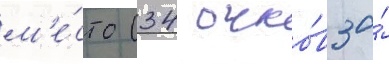
м'е́сто (34 очко́в за́